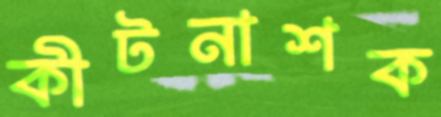
কীটনাশক